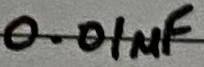
Text: 0.01µF